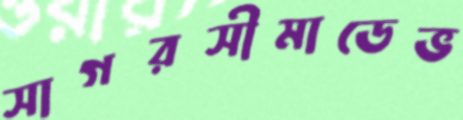
সাগরসীমাডেভ